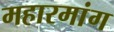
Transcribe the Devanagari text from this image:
महारमांग